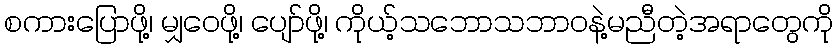
စကားပြောဖို့၊ မျှဝေဖို့၊ ပျော်ဖို့၊ ကိုယ့်သဘောသဘာဝနဲ့မညီတဲ့အရာတွေကို